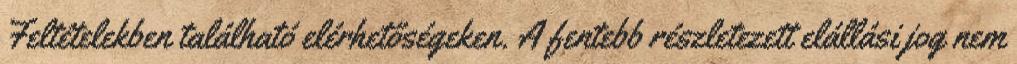
Feltételekben található elérhetőségeken. A fentebb részletezett elállási jog nem